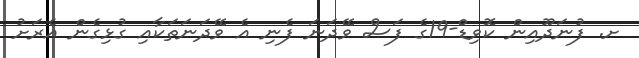
ށ. ފުނަދޫއިން ކޮވިޑް-19ގެ ފަސް ވޭދަނަ ފެނި އެ ވޭދަނަތަކާއި ގުޅިގެން އެރަށު